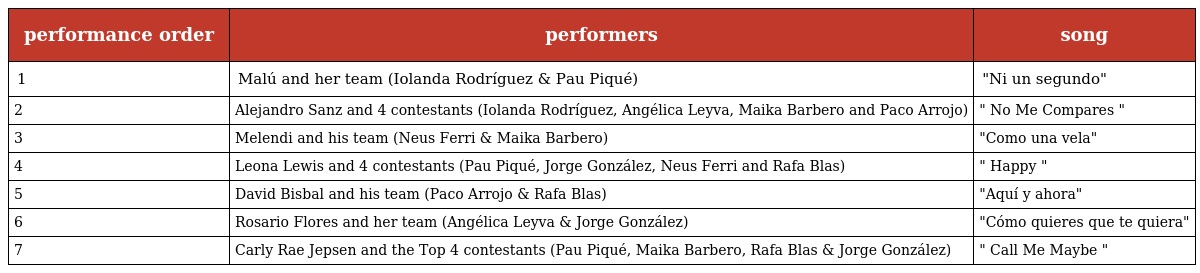
| performance order | performers | song |
 | --- | --- | --- |
 | 1 | Malú and her team (Iolanda Rodríguez & Pau Piqué) | "Ni un segundo" |
 | 2 | Alejandro Sanz and 4 contestants (Iolanda Rodríguez, Angélica Leyva, Maika Barbero and Paco Arrojo) | " No Me Compares " |
 | 3 | Melendi and his team (Neus Ferri & Maika Barbero) | "Como una vela" |
 | 4 | Leona Lewis and 4 contestants (Pau Piqué, Jorge González, Neus Ferri and Rafa Blas) | " Happy " |
 | 5 | David Bisbal and his team (Paco Arrojo & Rafa Blas) | "Aquí y ahora" |
 | 6 | Rosario Flores and her team (Angélica Leyva & Jorge González) | "Cómo quieres que te quiera" |
 | 7 | Carly Rae Jepsen and the Top 4 contestants (Pau Piqué, Maika Barbero, Rafa Blas & Jorge González) | " Call Me Maybe " |